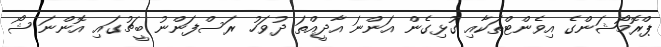
ޕްރޮމޯޝަންގެ އިވެންޓްތަކާއި ގުޅިގެން އަންނަ އާދީއްތަ ދުވަހު ރަސްފަންނު ބީޗުގައި އޮންނަ ޝޯ